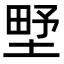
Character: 㙒